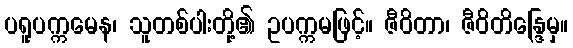
ပရူပက္ကမေန၊ သူတစ်ပါးတို့၏ ဥပက္ကမဖြင့်။ ဇီဝိတာ၊ ဇီဝိတိန္ဒြေမှ။